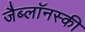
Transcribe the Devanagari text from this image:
जैब्लाॅनस्की